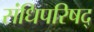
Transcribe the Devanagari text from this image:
संधिपरिषद्